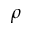
\rho